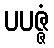
ပပဇ္ဇံ